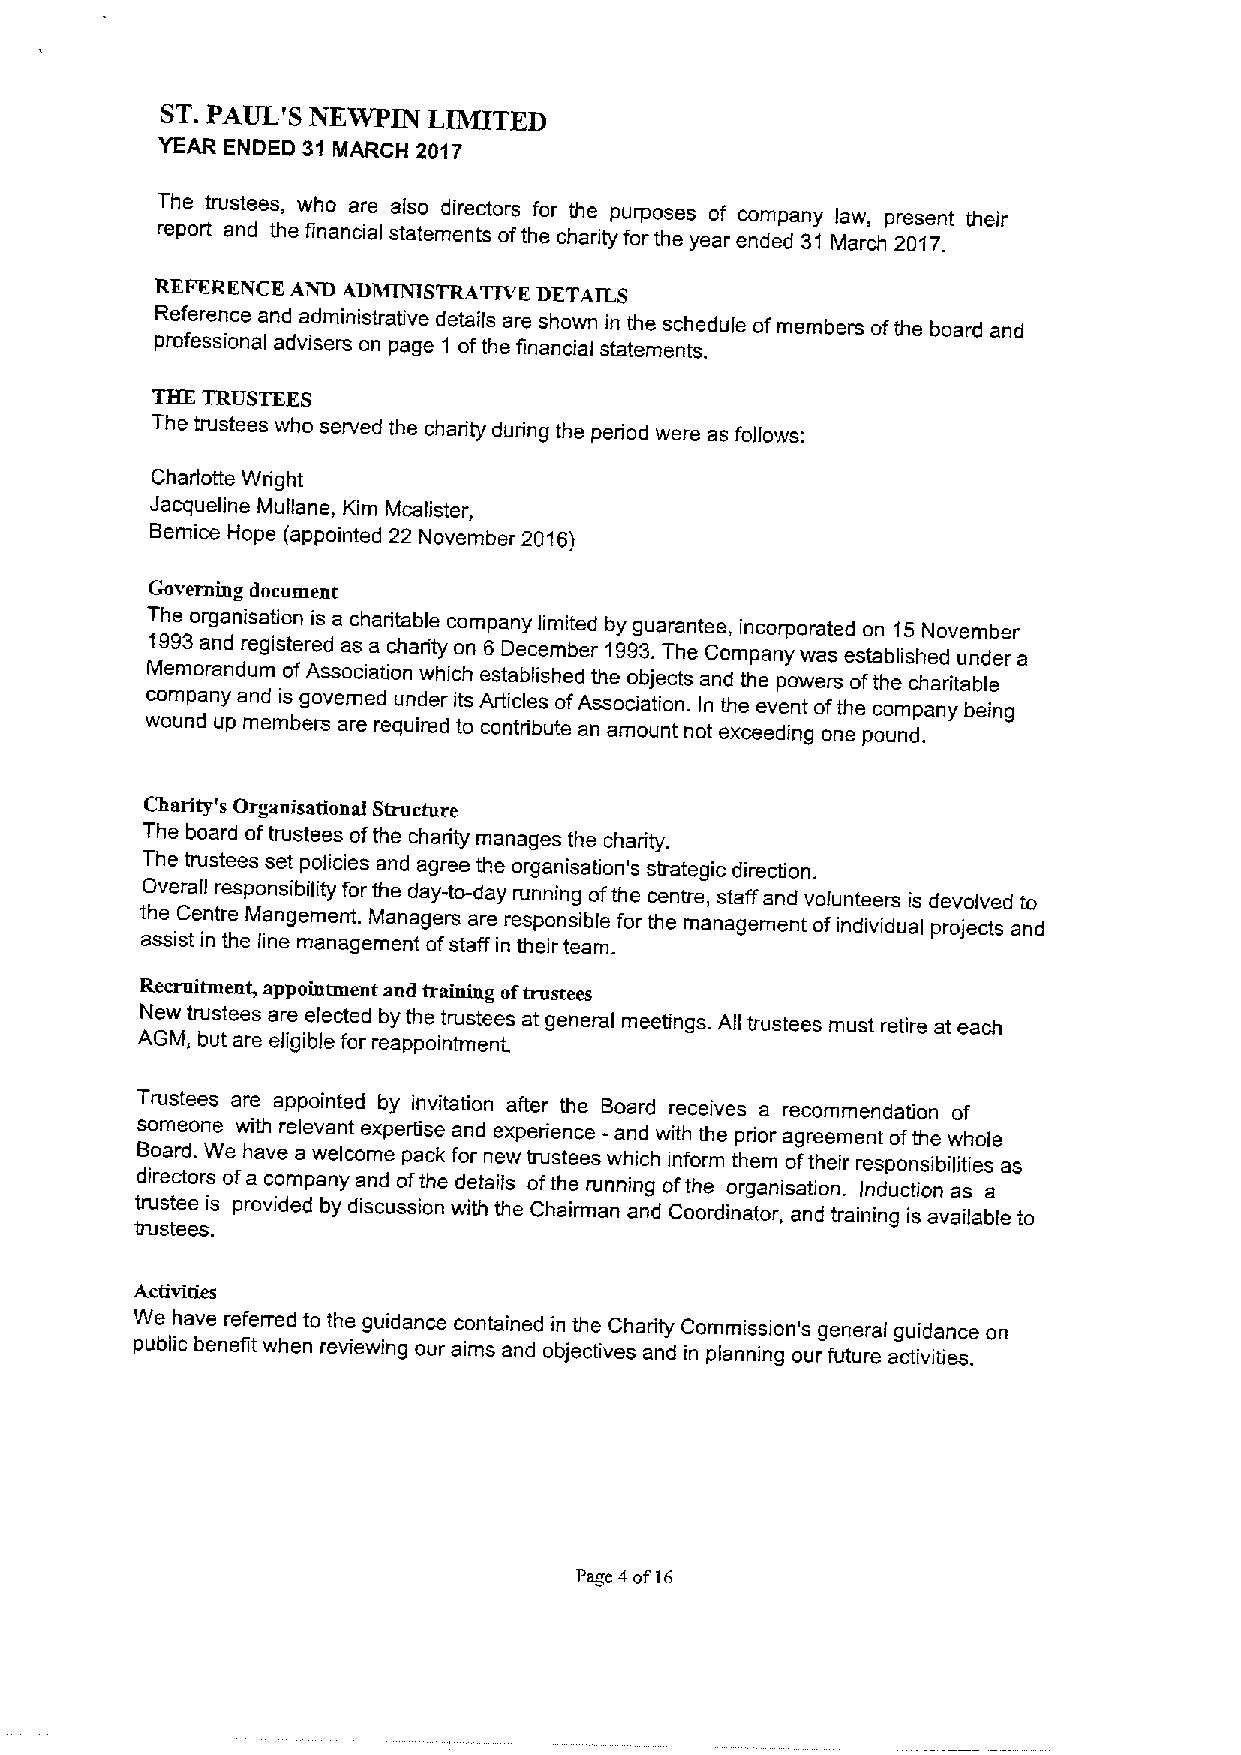
ST.PAIjL'S
 NEWPIN  LIMITED
 YEAR ENDED 31 MARCH 2017
 The trustees, who are also directors for the purposes of company law, present their
 report and the financial statements ofthe charity for the year ended 31 March 2017.
 REFERENCE AND ADIVIINISTRATIVE DETAILS
 Reference and administrative details are shown in the schedule of members ofthe board and
 professional advisers on page 1 ofthe financial statements.
 THE TRUSTEES
 The trustees who served the charity during the period were as follows:
 Charlotte Wright
 Jacqueline Mullane, Kim Mcalister,
 Bernice Hope (appointed 22 November 2016)
 Governing document
 The organisation is a charitable company limited by guarantee, incorporated on 15November
 1993and registered as a charity on 6 December 1993.The Company was established under a
 Memorandum ofAssociation which established the objects and the powers ofthe charitable
 company and is governed under its Articles ofAssociation. In the event ofthe company being
 wound up members are required to contribute an amount not exceeding one pound.
 Charity's Organisational Structure
 The board oftrustees ofthe charity manages the charity,
 The trustees set policies and agree the organisation's strategic direction.
 Overall responsibility for the day-to-day running ofthe centre, staff and volunteers is devolved to
 the Centre Mangement. Managers are responsible for the management ofindividual projects and
 assist in the line management ofstaff in their team.
 Recruitment, appointment and training oftrustees
 New trustees are elected by the trustees at general meetings. All trustees must retire at each
 AGM, but are eligible for reappointment.
 Trustees are appointed by invitation after the Board receives a recommendation of
 someone with relevant expertise and experience - and with the prior agreement ofthe whole
 Board. We have a welcome pack for new trustees which inform them oftheir responsibilities as
 directors ofa company and ofthe details ofthe running ofthe organisation. Induction as a
 trustee is provided by discussion with the Chairman and Coordinator, and training is available to
 trustees.
 Activities
 We have referred to the guidance contained in the Charity Commission's general guidance on
 public benefit when reviewing our aims and objectives and in planning our future activities.
 Page 4of16